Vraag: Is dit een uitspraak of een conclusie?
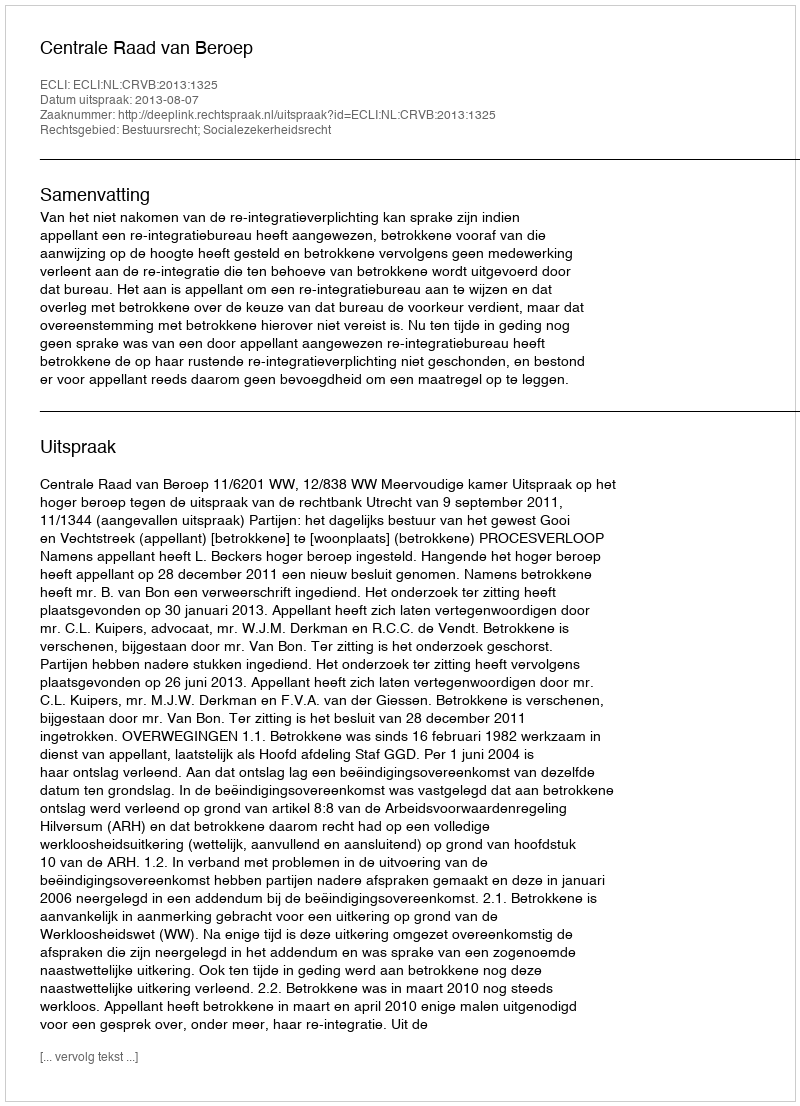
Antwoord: Uitspraak